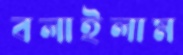
বলাইলাম